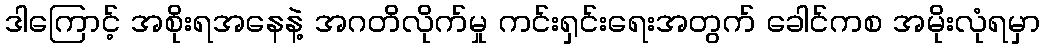
ဒါကြောင့် အစိုးရအနေနဲ့ အဂတိလိုက်မှု ကင်းရှင်းရေးအတွက် ခေါင်ကစ အမိုးလုံရမှာ